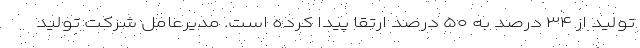
تولید از ۳۴ درصد به ۵۰ درصد ارتقا پیدا کرده است. مدیرعامل شرکت تولید